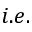
i . e .